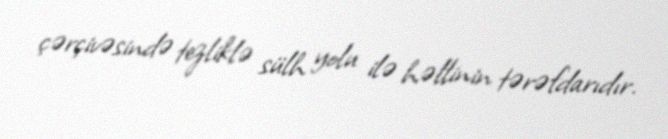
çərçivəsində tezliklə sülh yolu ilə həllinin tərəfdarıdır.